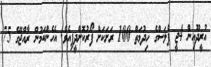
އުރީދޫއިން 4ޖީ ޕްލަސްގެ ހިދުމަތް 100 ރަށަކަށް ފޯރުކޮށްދީފިއެވެ. އެހެންކަމުން ރާއްޖޭގެ 75